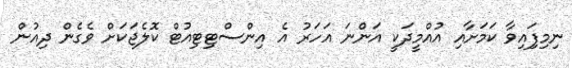
ނިމިފަިއިވާ ކަމަށާއި އުއްމީދަކީ އަންނަ އަހަރު އެ އިންސްޓިޓިއުޓް ކޮލެޖަކަށް ވެގެން ދިއުން